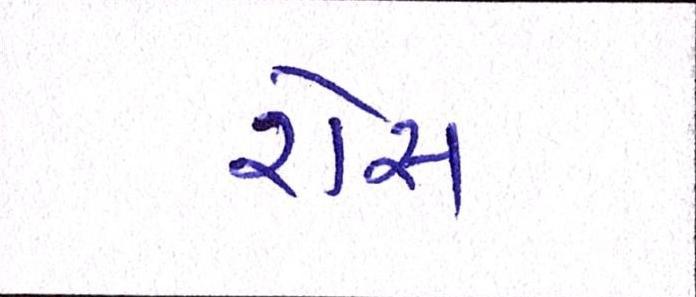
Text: રોસ